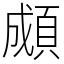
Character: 䫆